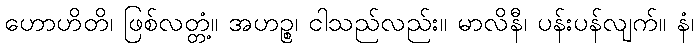
ဟောဟိတိ၊ ဖြစ်လတ္တံ့။ အဟဉ္စ၊ ငါသည်လည်း။ မာလိနီ၊ ပန်းပန်လျက်။ နံ၊